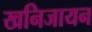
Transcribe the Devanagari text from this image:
खनिजायन